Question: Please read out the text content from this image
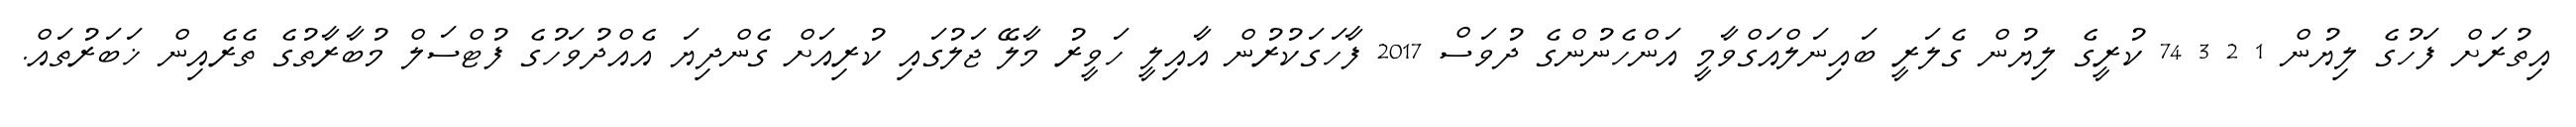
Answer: އިތުރަށް ފަހުގެ ލިޔުން 1 2 3 74 ކުރީގެ ލިޔުން ގެލަރީ ބައިނަލްއަގްވާމީ އަންހެނުންގެ ދުވަސް 2017 ފާހަގަކުރުން އާއިލީ ހަވީރު މާލޭ ޖަލުގައި ކުރިއަށް ގެންދިޔަ އެއްދުވަހުގެ ފުޓްސަލް މުބާރާތުގެ ތެރެއިން ޚަބަރުތައް.